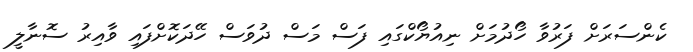
ކެންސަރަށް ފަރުވާ ހޯދުމަށް ނިއުޔޯކްގައި ފަސް މަސް ދުވަސް ހޭދަކޮށްފައި ވާއިރު ސޮނާލީ